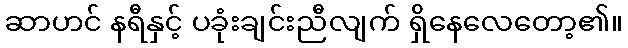
ဆာဟင် နရီနှင့် ပခုံးချင်းညီလျက် ရှိနေလေတော့၏။